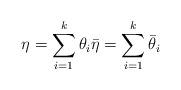
LaTeX: \begin{align*}\eta= \sum_{i=1}^{k} \theta_i \bar{\eta}= \sum_{i=1}^{k} \bar{\theta}_i\end{align*}